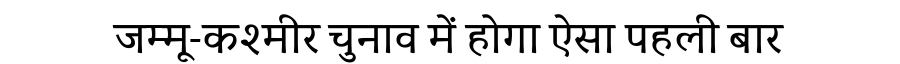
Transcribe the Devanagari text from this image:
जम्मू-कश्मीर चुनाव में होगा ऐसा पहली बार